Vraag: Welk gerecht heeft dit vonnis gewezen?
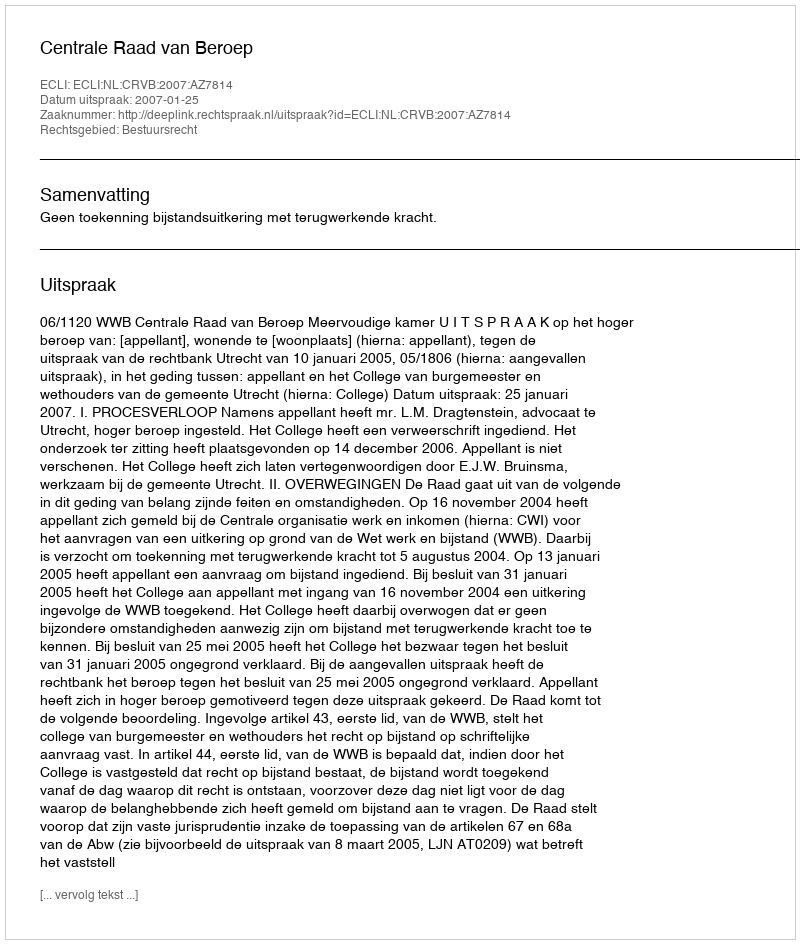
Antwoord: Centrale Raad van Beroep